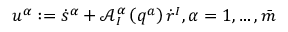
u ^ { \alpha } : = \dot { s } ^ { \alpha } + \mathcal { A } _ { I } ^ { \alpha } \left( q ^ { a } \right) \dot { r } ^ { I } , \alpha = 1 , \ldots , \bar { m }